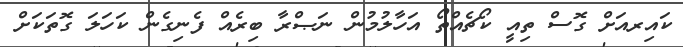
ކައިރއަށް ގޮސް ތިއީ ކޯޗެއްތޯ އަހާލުމުން ނަޞްރާ ބިރެއް ފެނިގެން ކަހަލަ ގޮތަކަށް